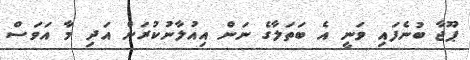
ޕޫޖާ ބުނެފައި ވަނީ އެ ބަތަލާގެ ނަން އިއުލާނުކުރަން އަދި މާ އަވަސް